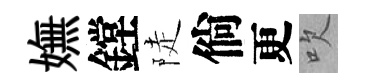
嫵鏜陡倘更吹